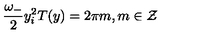
\frac { \omega _ { - } } { 2 } y _ { i } ^ { 2 } T ( y ) = 2 \pi m , m \in { \cal Z }